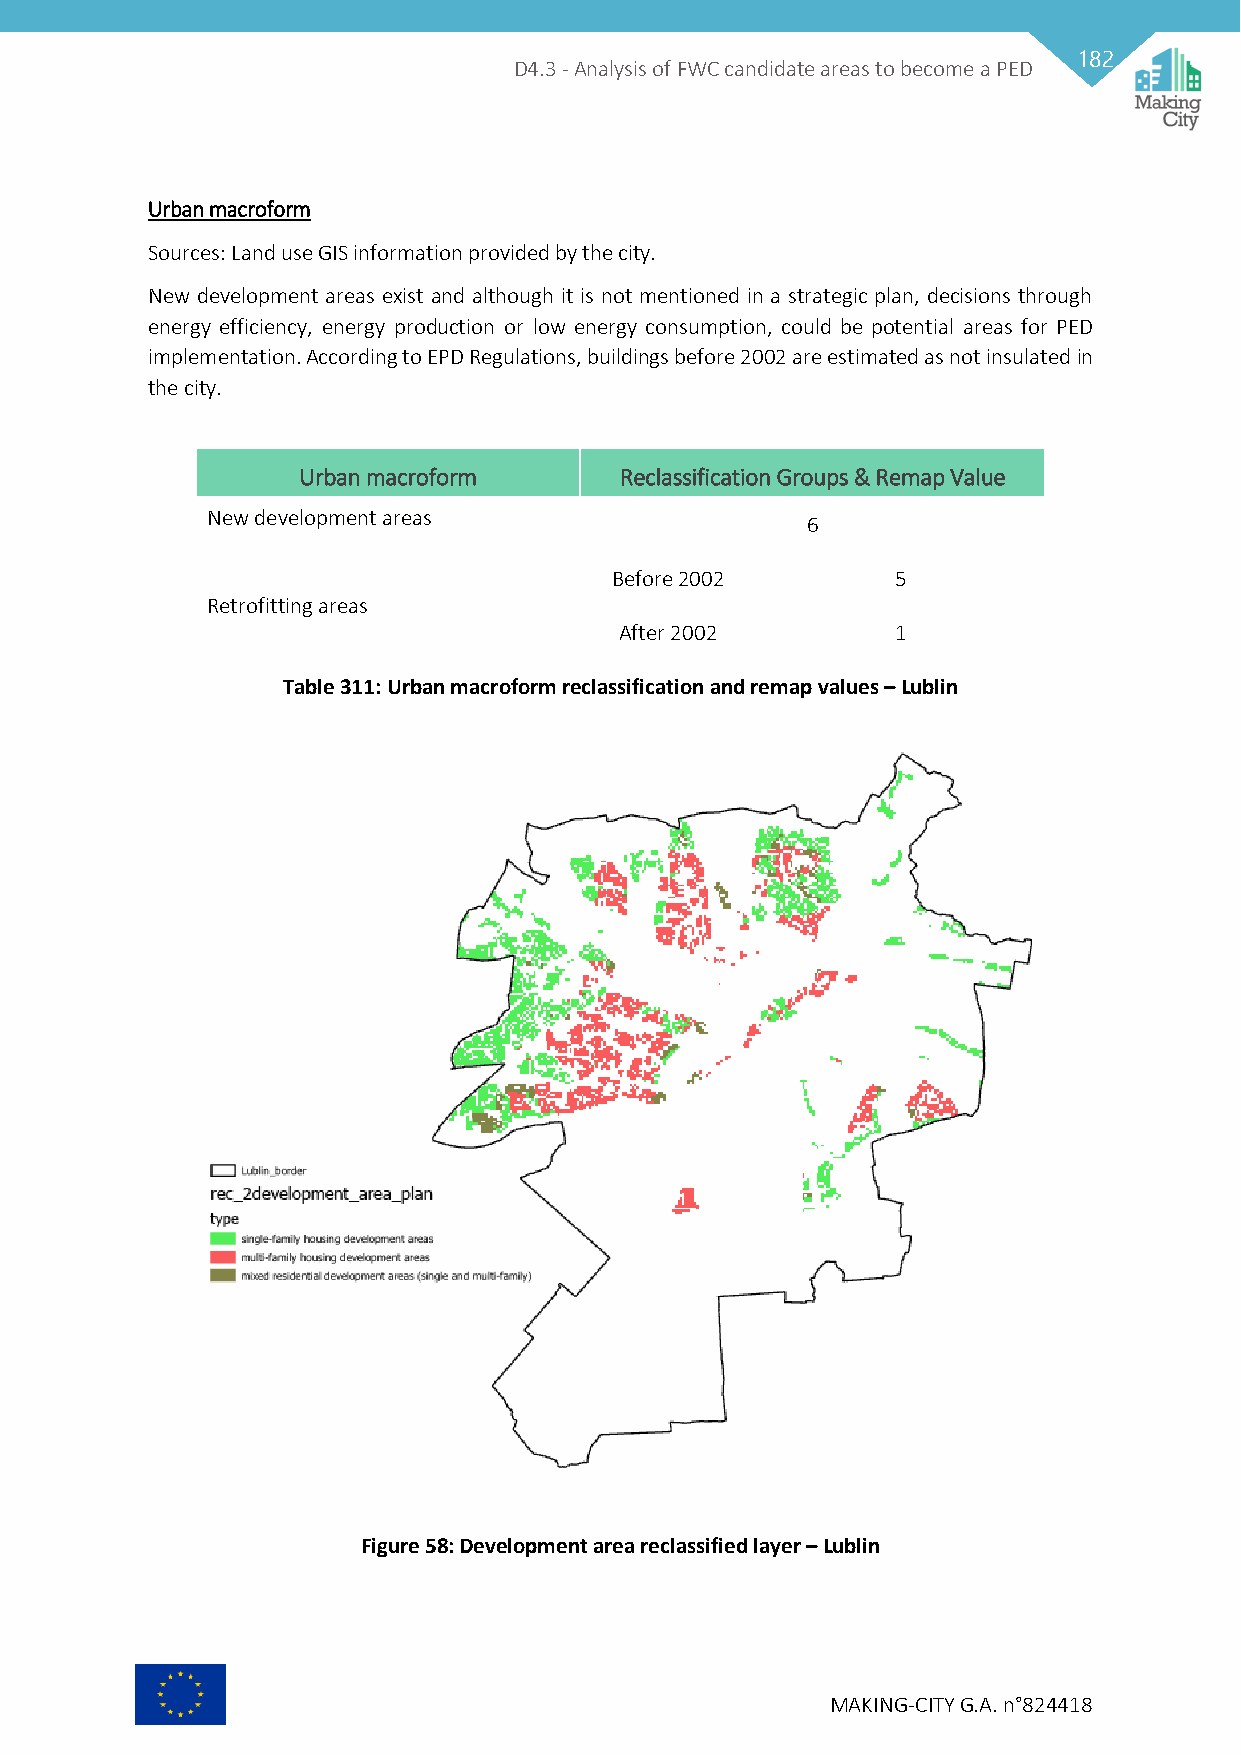
182
 D4.3 - Analysis of FWC candidate areas to become a PED
 Urban macroform
 Sources: Land use GIS information provided by the city.
 New development areas exist and although it is not mentioned in a strategic plan, decisions through
 energy efficiency, energy production or low energy consumption, could be potential areas for PED
 implementation. According to EPD Regulations, buildings before 2002 are estimated as not insulated in
 the city.
 Urban macroform      Reclassification Groups & Remap Value
 New development areas                  6
 Before 2002        5
 Retrofitting areas
 After 2002        1
 Table 311: Urban macroform reclassification and remap values – Lublin
 Figure 58: Development area reclassified layer – Lublin
 MAKING-CITY G.A. n°824418